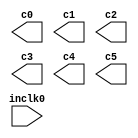
// megafunction wizard: %ALTPLL%VBB%
// GENERATION: STANDARD
// VERSION: WM1.0
// MODULE: altpll 

// ============================================================
// Megafunction Name(s):
// 			altpll
//
// Simulation Library Files(s):
// 			altera_mf
// ============================================================
// ************************************************************
// THIS IS A WIZARD-GENERATED FILE. DO NOT EDIT THIS FILE!
//
// 11.1 Build 259 01/25/2012 SP 2.11 SJ Full Version
// ************************************************************

//Copyright (C) 1991-2011 Altera Corporation
//Your use of Altera Corporation's design tools, logic functions 
//and other software and tools, and its AMPP partner logic 
//functions, and any output files from any of the foregoing 
//(including device programming or simulation files), and any 
//associated documentation or information are expressly subject 
//to the terms and conditions of the Altera Program License 
//Subscription Agreement, Altera MegaCore Function License 
//Agreement, or other applicable license agreement, including, 
//without limitation, that your use is for the sole purpose of 
//programming logic devices manufactured by Altera and sold by 
//Altera or its authorized distributors.  Please refer to the 
//applicable agreement for further details.

module GlobalPll (
	inclk0,
	c0,
	c1,
	c2,
	c3,
	c4,
	c5);

	input	  inclk0;
	output	  c0;
	output	  c1;
	output	  c2;
	output	  c3;
	output	  c4;
	output	  c5;

endmodule

// ============================================================
// CNX file retrieval info
// ============================================================
// Retrieval info: PRIVATE: ACTIVECLK_CHECK STRING "0"
// Retrieval info: PRIVATE: BANDWIDTH STRING "1.000"
// Retrieval info: PRIVATE: BANDWIDTH_FEATURE_ENABLED STRING "1"
// Retrieval info: PRIVATE: BANDWIDTH_FREQ_UNIT STRING "MHz"
// Retrieval info: PRIVATE: BANDWIDTH_PRESET STRING "Low"
// Retrieval info: PRIVATE: BANDWIDTH_USE_AUTO STRING "1"
// Retrieval info: PRIVATE: BANDWIDTH_USE_CUSTOM STRING "0"
// Retrieval info: PRIVATE: BANDWIDTH_USE_PRESET STRING "0"
// Retrieval info: PRIVATE: CLKBAD_SWITCHOVER_CHECK STRING "0"
// Retrieval info: PRIVATE: CLKLOSS_CHECK STRING "0"
// Retrieval info: PRIVATE: CLKSWITCH_CHECK STRING "0"
// Retrieval info: PRIVATE: CNX_NO_COMPENSATE_RADIO STRING "0"
// Retrieval info: PRIVATE: CREATE_CLKBAD_CHECK STRING "0"
// Retrieval info: PRIVATE: CREATE_INCLK1_CHECK STRING "0"
// Retrieval info: PRIVATE: CUR_DEDICATED_CLK STRING "c0"
// Retrieval info: PRIVATE: CUR_FBIN_CLK STRING "c0"
// Retrieval info: PRIVATE: DEVICE_SPEED_GRADE STRING "6"
// Retrieval info: PRIVATE: DIV_FACTOR0 NUMERIC "1"
// Retrieval info: PRIVATE: DIV_FACTOR1 NUMERIC "1"
// Retrieval info: PRIVATE: DIV_FACTOR2 NUMERIC "1"
// Retrieval info: PRIVATE: DIV_FACTOR3 NUMERIC "1"
// Retrieval info: PRIVATE: DIV_FACTOR4 NUMERIC "1"
// Retrieval info: PRIVATE: DIV_FACTOR5 NUMERIC "1"
// Retrieval info: PRIVATE: DUTY_CYCLE0 STRING "50.00000000"
// Retrieval info: PRIVATE: DUTY_CYCLE1 STRING "50.00000000"
// Retrieval info: PRIVATE: DUTY_CYCLE2 STRING "50.00000000"
// Retrieval info: PRIVATE: DUTY_CYCLE3 STRING "50.00000000"
// Retrieval info: PRIVATE: DUTY_CYCLE4 STRING "50.00000000"
// Retrieval info: PRIVATE: DUTY_CYCLE5 STRING "50.00000000"
// Retrieval info: PRIVATE: EFF_OUTPUT_FREQ_VALUE0 STRING "60.000000"
// Retrieval info: PRIVATE: EFF_OUTPUT_FREQ_VALUE1 STRING "40.000000"
// Retrieval info: PRIVATE: EFF_OUTPUT_FREQ_VALUE2 STRING "40.000000"
// Retrieval info: PRIVATE: EFF_OUTPUT_FREQ_VALUE3 STRING "25.000000"
// Retrieval info: PRIVATE: EFF_OUTPUT_FREQ_VALUE4 STRING "10.000000"
// Retrieval info: PRIVATE: EFF_OUTPUT_FREQ_VALUE5 STRING "1.200000"
// Retrieval info: PRIVATE: EXPLICIT_SWITCHOVER_COUNTER STRING "0"
// Retrieval info: PRIVATE: EXT_FEEDBACK_RADIO STRING "0"
// Retrieval info: PRIVATE: GLOCKED_COUNTER_EDIT_CHANGED STRING "1"
// Retrieval info: PRIVATE: GLOCKED_FEATURE_ENABLED STRING "1"
// Retrieval info: PRIVATE: GLOCKED_MODE_CHECK STRING "0"
// Retrieval info: PRIVATE: GLOCK_COUNTER_EDIT NUMERIC "1048575"
// Retrieval info: PRIVATE: HAS_MANUAL_SWITCHOVER STRING "1"
// Retrieval info: PRIVATE: INCLK0_FREQ_EDIT STRING "100.000"
// Retrieval info: PRIVATE: INCLK0_FREQ_UNIT_COMBO STRING "MHz"
// Retrieval info: PRIVATE: INCLK1_FREQ_EDIT STRING "100.000"
// Retrieval info: PRIVATE: INCLK1_FREQ_EDIT_CHANGED STRING "1"
// Retrieval info: PRIVATE: INCLK1_FREQ_UNIT_CHANGED STRING "1"
// Retrieval info: PRIVATE: INCLK1_FREQ_UNIT_COMBO STRING "MHz"
// Retrieval info: PRIVATE: INTENDED_DEVICE_FAMILY STRING "Arria GX"
// Retrieval info: PRIVATE: INT_FEEDBACK__MODE_RADIO STRING "1"
// Retrieval info: PRIVATE: LOCKED_OUTPUT_CHECK STRING "0"
// Retrieval info: PRIVATE: LONG_SCAN_RADIO STRING "1"
// Retrieval info: PRIVATE: LVDS_MODE_DATA_RATE STRING "Not Available"
// Retrieval info: PRIVATE: LVDS_MODE_DATA_RATE_DIRTY NUMERIC "0"
// Retrieval info: PRIVATE: LVDS_PHASE_SHIFT_UNIT0 STRING "deg"
// Retrieval info: PRIVATE: LVDS_PHASE_SHIFT_UNIT1 STRING "deg"
// Retrieval info: PRIVATE: LVDS_PHASE_SHIFT_UNIT2 STRING "deg"
// Retrieval info: PRIVATE: LVDS_PHASE_SHIFT_UNIT3 STRING "deg"
// Retrieval info: PRIVATE: LVDS_PHASE_SHIFT_UNIT4 STRING "deg"
// Retrieval info: PRIVATE: LVDS_PHASE_SHIFT_UNIT5 STRING "deg"
// Retrieval info: PRIVATE: MIG_DEVICE_SPEED_GRADE STRING "Any"
// Retrieval info: PRIVATE: MULT_FACTOR0 NUMERIC "1"
// Retrieval info: PRIVATE: MULT_FACTOR1 NUMERIC "1"
// Retrieval info: PRIVATE: MULT_FACTOR2 NUMERIC "1"
// Retrieval info: PRIVATE: MULT_FACTOR3 NUMERIC "1"
// Retrieval info: PRIVATE: MULT_FACTOR4 NUMERIC "1"
// Retrieval info: PRIVATE: MULT_FACTOR5 NUMERIC "1"
// Retrieval info: PRIVATE: NORMAL_MODE_RADIO STRING "1"
// Retrieval info: PRIVATE: OUTPUT_FREQ0 STRING "60.00000000"
// Retrieval info: PRIVATE: OUTPUT_FREQ1 STRING "40.00000000"
// Retrieval info: PRIVATE: OUTPUT_FREQ2 STRING "40.00000000"
// Retrieval info: PRIVATE: OUTPUT_FREQ3 STRING "25.00000000"
// Retrieval info: PRIVATE: OUTPUT_FREQ4 STRING "10.00000000"
// Retrieval info: PRIVATE: OUTPUT_FREQ5 STRING "1.20000000"
// Retrieval info: PRIVATE: OUTPUT_FREQ_MODE0 STRING "1"
// Retrieval info: PRIVATE: OUTPUT_FREQ_MODE1 STRING "1"
// Retrieval info: PRIVATE: OUTPUT_FREQ_MODE2 STRING "1"
// Retrieval info: PRIVATE: OUTPUT_FREQ_MODE3 STRING "1"
// Retrieval info: PRIVATE: OUTPUT_FREQ_MODE4 STRING "1"
// Retrieval info: PRIVATE: OUTPUT_FREQ_MODE5 STRING "1"
// Retrieval info: PRIVATE: OUTPUT_FREQ_UNIT0 STRING "MHz"
// Retrieval info: PRIVATE: OUTPUT_FREQ_UNIT1 STRING "MHz"
// Retrieval info: PRIVATE: OUTPUT_FREQ_UNIT2 STRING "MHz"
// Retrieval info: PRIVATE: OUTPUT_FREQ_UNIT3 STRING "MHz"
// Retrieval info: PRIVATE: OUTPUT_FREQ_UNIT4 STRING "MHz"
// Retrieval info: PRIVATE: OUTPUT_FREQ_UNIT5 STRING "MHz"
// Retrieval info: PRIVATE: PHASE_RECONFIG_FEATURE_ENABLED STRING "0"
// Retrieval info: PRIVATE: PHASE_RECONFIG_INPUTS_CHECK STRING "0"
// Retrieval info: PRIVATE: PHASE_SHIFT0 STRING "0.00000000"
// Retrieval info: PRIVATE: PHASE_SHIFT1 STRING "0.00000000"
// Retrieval info: PRIVATE: PHASE_SHIFT2 STRING "0.00000000"
// Retrieval info: PRIVATE: PHASE_SHIFT3 STRING "0.00000000"
// Retrieval info: PRIVATE: PHASE_SHIFT4 STRING "0.00000000"
// Retrieval info: PRIVATE: PHASE_SHIFT5 STRING "0.00000000"
// Retrieval info: PRIVATE: PHASE_SHIFT_STEP_ENABLED_CHECK STRING "0"
// Retrieval info: PRIVATE: PHASE_SHIFT_UNIT0 STRING "deg"
// Retrieval info: PRIVATE: PHASE_SHIFT_UNIT1 STRING "deg"
// Retrieval info: PRIVATE: PHASE_SHIFT_UNIT2 STRING "deg"
// Retrieval info: PRIVATE: PHASE_SHIFT_UNIT3 STRING "deg"
// Retrieval info: PRIVATE: PHASE_SHIFT_UNIT4 STRING "deg"
// Retrieval info: PRIVATE: PHASE_SHIFT_UNIT5 STRING "deg"
// Retrieval info: PRIVATE: PLL_ADVANCED_PARAM_CHECK STRING "0"
// Retrieval info: PRIVATE: PLL_ARESET_CHECK STRING "0"
// Retrieval info: PRIVATE: PLL_AUTOPLL_CHECK NUMERIC "0"
// Retrieval info: PRIVATE: PLL_ENA_CHECK STRING "0"
// Retrieval info: PRIVATE: PLL_ENHPLL_CHECK NUMERIC "1"
// Retrieval info: PRIVATE: PLL_FASTPLL_CHECK NUMERIC "0"
// Retrieval info: PRIVATE: PLL_FBMIMIC_CHECK STRING "0"
// Retrieval info: PRIVATE: PLL_LVDS_PLL_CHECK NUMERIC "0"
// Retrieval info: PRIVATE: PLL_PFDENA_CHECK STRING "0"
// Retrieval info: PRIVATE: PLL_TARGET_HARCOPY_CHECK NUMERIC "0"
// Retrieval info: PRIVATE: PRIMARY_CLK_COMBO STRING "inclk0"
// Retrieval info: PRIVATE: RECONFIG_FILE STRING "GlobalPll.mif"
// Retrieval info: PRIVATE: SACN_INPUTS_CHECK STRING "0"
// Retrieval info: PRIVATE: SCAN_FEATURE_ENABLED STRING "1"
// Retrieval info: PRIVATE: SELF_RESET_LOCK_LOSS STRING "0"
// Retrieval info: PRIVATE: SHORT_SCAN_RADIO STRING "0"
// Retrieval info: PRIVATE: SPREAD_FEATURE_ENABLED STRING "1"
// Retrieval info: PRIVATE: SPREAD_FREQ STRING "50.000"
// Retrieval info: PRIVATE: SPREAD_FREQ_UNIT STRING "KHz"
// Retrieval info: PRIVATE: SPREAD_PERCENT STRING "0.500"
// Retrieval info: PRIVATE: SPREAD_USE STRING "0"
// Retrieval info: PRIVATE: SRC_SYNCH_COMP_RADIO STRING "0"
// Retrieval info: PRIVATE: STICKY_CLK0 STRING "1"
// Retrieval info: PRIVATE: STICKY_CLK1 STRING "1"
// Retrieval info: PRIVATE: STICKY_CLK2 STRING "1"
// Retrieval info: PRIVATE: STICKY_CLK3 STRING "1"
// Retrieval info: PRIVATE: STICKY_CLK4 STRING "1"
// Retrieval info: PRIVATE: STICKY_CLK5 STRING "1"
// Retrieval info: PRIVATE: SWITCHOVER_COUNT_EDIT NUMERIC "1"
// Retrieval info: PRIVATE: SWITCHOVER_FEATURE_ENABLED STRING "1"
// Retrieval info: PRIVATE: SYNTH_WRAPPER_GEN_POSTFIX STRING "0"
// Retrieval info: PRIVATE: USE_CLK0 STRING "1"
// Retrieval info: PRIVATE: USE_CLK1 STRING "1"
// Retrieval info: PRIVATE: USE_CLK2 STRING "1"
// Retrieval info: PRIVATE: USE_CLK3 STRING "1"
// Retrieval info: PRIVATE: USE_CLK4 STRING "1"
// Retrieval info: PRIVATE: USE_CLK5 STRING "1"
// Retrieval info: PRIVATE: USE_MIL_SPEED_GRADE NUMERIC "0"
// Retrieval info: PRIVATE: ZERO_DELAY_RADIO STRING "0"
// Retrieval info: LIBRARY: altera_mf altera_mf.altera_mf_components.all
// Retrieval info: CONSTANT: BANDWIDTH_TYPE STRING "AUTO"
// Retrieval info: CONSTANT: CLK0_DIVIDE_BY NUMERIC "5"
// Retrieval info: CONSTANT: CLK0_DUTY_CYCLE NUMERIC "50"
// Retrieval info: CONSTANT: CLK0_MULTIPLY_BY NUMERIC "3"
// Retrieval info: CONSTANT: CLK0_PHASE_SHIFT STRING "0"
// Retrieval info: CONSTANT: CLK1_DIVIDE_BY NUMERIC "5"
// Retrieval info: CONSTANT: CLK1_DUTY_CYCLE NUMERIC "50"
// Retrieval info: CONSTANT: CLK1_MULTIPLY_BY NUMERIC "2"
// Retrieval info: CONSTANT: CLK1_PHASE_SHIFT STRING "0"
// Retrieval info: CONSTANT: CLK2_DIVIDE_BY NUMERIC "5"
// Retrieval info: CONSTANT: CLK2_DUTY_CYCLE NUMERIC "50"
// Retrieval info: CONSTANT: CLK2_MULTIPLY_BY NUMERIC "2"
// Retrieval info: CONSTANT: CLK2_PHASE_SHIFT STRING "0"
// Retrieval info: CONSTANT: CLK3_DIVIDE_BY NUMERIC "4"
// Retrieval info: CONSTANT: CLK3_DUTY_CYCLE NUMERIC "50"
// Retrieval info: CONSTANT: CLK3_MULTIPLY_BY NUMERIC "1"
// Retrieval info: CONSTANT: CLK3_PHASE_SHIFT STRING "0"
// Retrieval info: CONSTANT: CLK4_DIVIDE_BY NUMERIC "10"
// Retrieval info: CONSTANT: CLK4_DUTY_CYCLE NUMERIC "50"
// Retrieval info: CONSTANT: CLK4_MULTIPLY_BY NUMERIC "1"
// Retrieval info: CONSTANT: CLK4_PHASE_SHIFT STRING "0"
// Retrieval info: CONSTANT: CLK5_DIVIDE_BY NUMERIC "250"
// Retrieval info: CONSTANT: CLK5_DUTY_CYCLE NUMERIC "50"
// Retrieval info: CONSTANT: CLK5_MULTIPLY_BY NUMERIC "3"
// Retrieval info: CONSTANT: CLK5_PHASE_SHIFT STRING "0"
// Retrieval info: CONSTANT: COMPENSATE_CLOCK STRING "CLK0"
// Retrieval info: CONSTANT: INCLK0_INPUT_FREQUENCY NUMERIC "10000"
// Retrieval info: CONSTANT: INTENDED_DEVICE_FAMILY STRING "Arria GX"
// Retrieval info: CONSTANT: LPM_TYPE STRING "altpll"
// Retrieval info: CONSTANT: OPERATION_MODE STRING "NORMAL"
// Retrieval info: CONSTANT: PLL_TYPE STRING "Enhanced"
// Retrieval info: CONSTANT: PORT_ACTIVECLOCK STRING "PORT_UNUSED"
// Retrieval info: CONSTANT: PORT_ARESET STRING "PORT_UNUSED"
// Retrieval info: CONSTANT: PORT_CLKBAD0 STRING "PORT_UNUSED"
// Retrieval info: CONSTANT: PORT_CLKBAD1 STRING "PORT_UNUSED"
// Retrieval info: CONSTANT: PORT_CLKLOSS STRING "PORT_UNUSED"
// Retrieval info: CONSTANT: PORT_CLKSWITCH STRING "PORT_UNUSED"
// Retrieval info: CONSTANT: PORT_CONFIGUPDATE STRING "PORT_UNUSED"
// Retrieval info: CONSTANT: PORT_FBIN STRING "PORT_UNUSED"
// Retrieval info: CONSTANT: PORT_INCLK0 STRING "PORT_USED"
// Retrieval info: CONSTANT: PORT_INCLK1 STRING "PORT_UNUSED"
// Retrieval info: CONSTANT: PORT_LOCKED STRING "PORT_UNUSED"
// Retrieval info: CONSTANT: PORT_PFDENA STRING "PORT_UNUSED"
// Retrieval info: CONSTANT: PORT_PHASECOUNTERSELECT STRING "PORT_UNUSED"
// Retrieval info: CONSTANT: PORT_PHASEDONE STRING "PORT_UNUSED"
// Retrieval info: CONSTANT: PORT_PHASESTEP STRING "PORT_UNUSED"
// Retrieval info: CONSTANT: PORT_PHASEUPDOWN STRING "PORT_UNUSED"
// Retrieval info: CONSTANT: PORT_PLLENA STRING "PORT_UNUSED"
// Retrieval info: CONSTANT: PORT_SCANACLR STRING "PORT_UNUSED"
// Retrieval info: CONSTANT: PORT_SCANCLK STRING "PORT_UNUSED"
// Retrieval info: CONSTANT: PORT_SCANCLKENA STRING "PORT_UNUSED"
// Retrieval info: CONSTANT: PORT_SCANDATA STRING "PORT_UNUSED"
// Retrieval info: CONSTANT: PORT_SCANDATAOUT STRING "PORT_UNUSED"
// Retrieval info: CONSTANT: PORT_SCANDONE STRING "PORT_UNUSED"
// Retrieval info: CONSTANT: PORT_SCANREAD STRING "PORT_UNUSED"
// Retrieval info: CONSTANT: PORT_SCANWRITE STRING "PORT_UNUSED"
// Retrieval info: CONSTANT: PORT_clk0 STRING "PORT_USED"
// Retrieval info: CONSTANT: PORT_clk1 STRING "PORT_USED"
// Retrieval info: CONSTANT: PORT_clk2 STRING "PORT_USED"
// Retrieval info: CONSTANT: PORT_clk3 STRING "PORT_USED"
// Retrieval info: CONSTANT: PORT_clk4 STRING "PORT_USED"
// Retrieval info: CONSTANT: PORT_clk5 STRING "PORT_USED"
// Retrieval info: CONSTANT: PORT_clkena0 STRING "PORT_UNUSED"
// Retrieval info: CONSTANT: PORT_clkena1 STRING "PORT_UNUSED"
// Retrieval info: CONSTANT: PORT_clkena2 STRING "PORT_UNUSED"
// Retrieval info: CONSTANT: PORT_clkena3 STRING "PORT_UNUSED"
// Retrieval info: CONSTANT: PORT_clkena4 STRING "PORT_UNUSED"
// Retrieval info: CONSTANT: PORT_clkena5 STRING "PORT_UNUSED"
// Retrieval info: CONSTANT: PORT_enable0 STRING "PORT_UNUSED"
// Retrieval info: CONSTANT: PORT_enable1 STRING "PORT_UNUSED"
// Retrieval info: CONSTANT: PORT_extclk0 STRING "PORT_UNUSED"
// Retrieval info: CONSTANT: PORT_extclk1 STRING "PORT_UNUSED"
// Retrieval info: CONSTANT: PORT_extclk2 STRING "PORT_UNUSED"
// Retrieval info: CONSTANT: PORT_extclk3 STRING "PORT_UNUSED"
// Retrieval info: CONSTANT: PORT_sclkout0 STRING "PORT_UNUSED"
// Retrieval info: CONSTANT: PORT_sclkout1 STRING "PORT_UNUSED"
// Retrieval info: CONSTANT: SPREAD_FREQUENCY NUMERIC "0"
// Retrieval info: USED_PORT: @clk 0 0 6 0 OUTPUT_CLK_EXT VCC "@clk[5..0]"
// Retrieval info: USED_PORT: @extclk 0 0 4 0 OUTPUT_CLK_EXT VCC "@extclk[3..0]"
// Retrieval info: USED_PORT: c0 0 0 0 0 OUTPUT_CLK_EXT VCC "c0"
// Retrieval info: USED_PORT: c1 0 0 0 0 OUTPUT_CLK_EXT VCC "c1"
// Retrieval info: USED_PORT: c2 0 0 0 0 OUTPUT_CLK_EXT VCC "c2"
// Retrieval info: USED_PORT: c3 0 0 0 0 OUTPUT_CLK_EXT VCC "c3"
// Retrieval info: USED_PORT: c4 0 0 0 0 OUTPUT_CLK_EXT VCC "c4"
// Retrieval info: USED_PORT: c5 0 0 0 0 OUTPUT_CLK_EXT VCC "c5"
// Retrieval info: USED_PORT: inclk0 0 0 0 0 INPUT_CLK_EXT GND "inclk0"
// Retrieval info: CONNECT: @inclk 0 0 1 1 GND 0 0 0 0
// Retrieval info: CONNECT: @inclk 0 0 1 0 inclk0 0 0 0 0
// Retrieval info: CONNECT: c0 0 0 0 0 @clk 0 0 1 0
// Retrieval info: CONNECT: c1 0 0 0 0 @clk 0 0 1 1
// Retrieval info: CONNECT: c2 0 0 0 0 @clk 0 0 1 2
// Retrieval info: CONNECT: c3 0 0 0 0 @clk 0 0 1 3
// Retrieval info: CONNECT: c4 0 0 0 0 @clk 0 0 1 4
// Retrieval info: CONNECT: c5 0 0 0 0 @clk 0 0 1 5
// Retrieval info: GEN_FILE: TYPE_NORMAL GlobalPll.v TRUE
// Retrieval info: GEN_FILE: TYPE_NORMAL GlobalPll.ppf TRUE
// Retrieval info: GEN_FILE: TYPE_NORMAL GlobalPll.inc FALSE
// Retrieval info: GEN_FILE: TYPE_NORMAL GlobalPll.cmp FALSE
// Retrieval info: GEN_FILE: TYPE_NORMAL GlobalPll.bsf FALSE
// Retrieval info: GEN_FILE: TYPE_NORMAL GlobalPll_inst.v FALSE
// Retrieval info: GEN_FILE: TYPE_NORMAL GlobalPll_bb.v TRUE
// Retrieval info: LIB_FILE: altera_mf
// Retrieval info: CBX_MODULE_PREFIX: ON